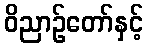
ဝိညာဉ်တော်နှင့်